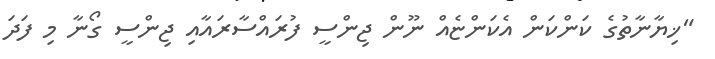
"ޚިޔާނާތުގެ ކަންކަން އެކަންޏެއް ނޫން ޖިންސީ ފުރައްސާރައާއި ޖިންސީ ގޯނާ މި ފަދަ